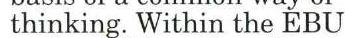
thinking. Within the EBU